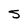
Character: 5